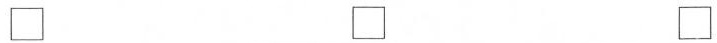
\Box \Box \Box